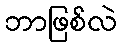
ဘာဖြစ်လဲ